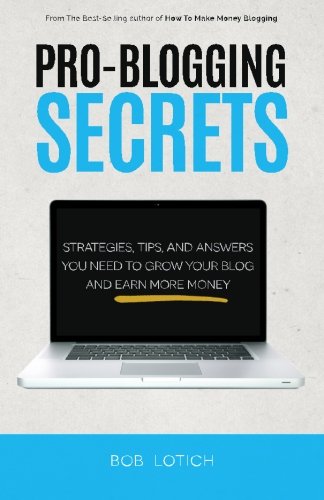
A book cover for Pro-Blogging Secrets: Strategies, Tips, and Answers You Need to Grow Your Blog and Earn More Money (How to Make Money Blogging) (Volume 2); Bob Lotich; Computers & Technology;